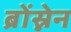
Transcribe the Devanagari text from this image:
ब्रोंस्नेन